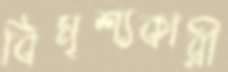
বিমৃশ্যকারী